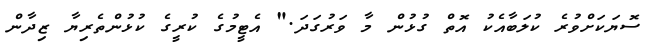
ސޮޔަކަށްވުރެ ކުލަބާއެކު އޮތް ގުޅުން މާ ވަރުގަދަ." އެޓީމުގެ ކުރީގެ ކުޅުންތެރިޔާ ޒިދާން